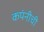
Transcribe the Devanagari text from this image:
कपंनीची